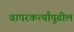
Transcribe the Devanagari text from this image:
वापरकर्त्यांपुढील